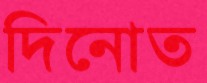
দিনোত